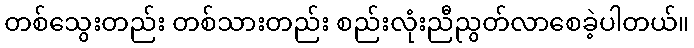
တစ်သွေးတည်း တစ်သားတည်း စည်းလုံးညီညွတ်လာစေခဲ့ပါတယ်။